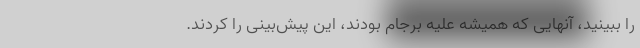
را ببینید، آنهایی که همیشه علیه برجام بودند، این پیش‌بینی را کردند.